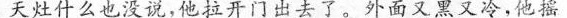
天灶什么也没说，他拉开门出去了。外面又黑又冷，他摇